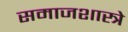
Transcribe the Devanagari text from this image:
समाजशास्त्रे